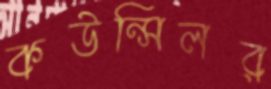
কউন্সিলর